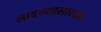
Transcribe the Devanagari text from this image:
लावण्यासारखा